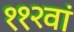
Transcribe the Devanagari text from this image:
११२वां